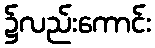
၌လည်းကောင်း